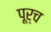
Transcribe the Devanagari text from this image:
पूर्च